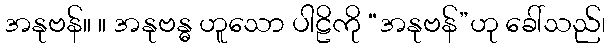
အနုဗန်။ ။ အနုဗန္ဓ ဟူသော ပါဠိကို “အနုဗန်”ဟု ခေါ်သည်၊